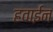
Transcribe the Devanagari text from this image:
हवाईन